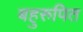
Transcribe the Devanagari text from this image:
बहुरुपित